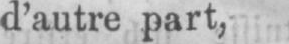
d’autre part,